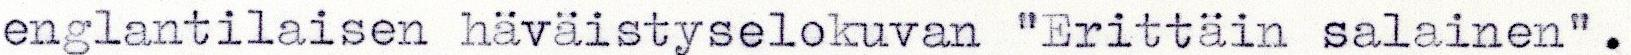
englantilaisen häväistyselokuvan "Erittäin salainen".